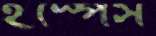
ইস্পেস